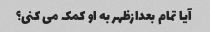
آیا تمام بعدازظهر به او کمک می کنی؟